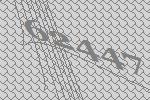
62447